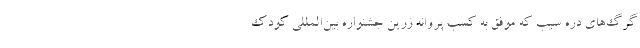
گرگ‌های دره سیب که موفق به کسب پروانه زرین جشنواره بین‌المللی کودک